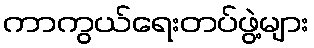
ကာကွယ်ရေးတပ်ဖွဲ့များ